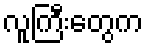
လူကြီးတွေက